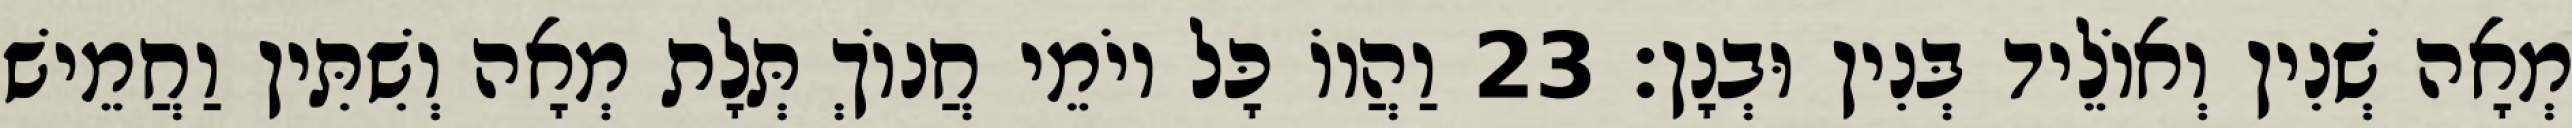
מְאָה שְׁנִין וְאוֹלֵיד בְּנִין וּבְנָן׃ 23 וַהֲווֹ כָּל יוֹמֵי חֲנוֹךְ תְּלָת מְאָה וְשִׁתִּין וַחֲמֵישׁ